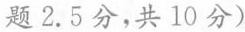
题 2.5分，共 10 分)